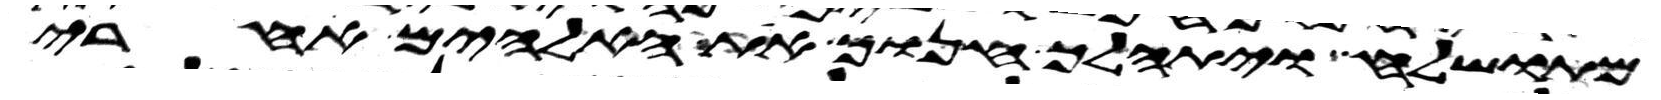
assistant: מתושלח ויתהלך חנוך את האלהים אחרי